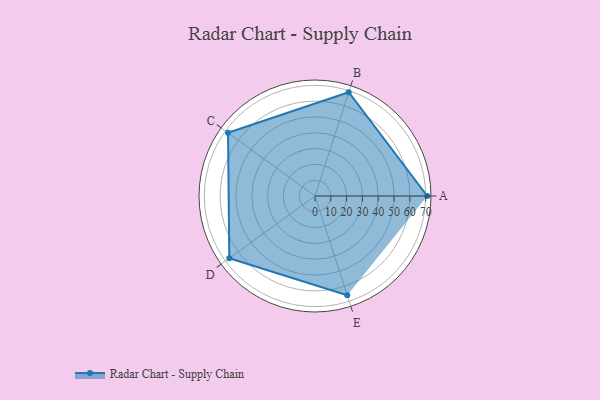
{"axis": {"x": "Skill", "y": "Score"}, "legend": ["Profile"], "data": [{"x": "A", "y": 71.0, "type": "Profile"}, {"x": "B", "y": 69.0, "type": "Profile"}, {"x": "C", "y": 68.0, "type": "Profile"}, {"x": "D", "y": 67.0, "type": "Profile"}, {"x": "E", "y": 66.0, "type": "Profile"}]}